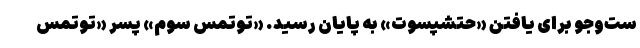
ست‌وجو برای یافتن «حتشپسوت» به پایان رسید. «توتمس سوم» پسر «توتمس